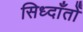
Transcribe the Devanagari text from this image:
सिध्दाँतोँ